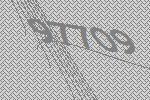
97709